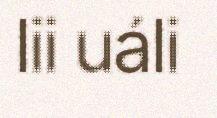
lii uáli